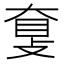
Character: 𥆗